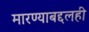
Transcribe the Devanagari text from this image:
मारण्याबद्दलही